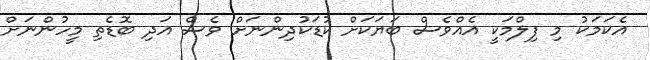
އެކަމަކު މި ފިލްމަކީ އެއްވެސް ބަޔަކަށް ކުޑަކުދިންނަށް ވެސް އަދި ބޮޑެތި މީހުންނަށް